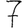
Digit: 7